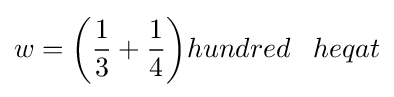
w={\bigg (}{\frac {1}{3}}+{\frac {1}{4}}{\bigg )}hundred\;\;\;heqat